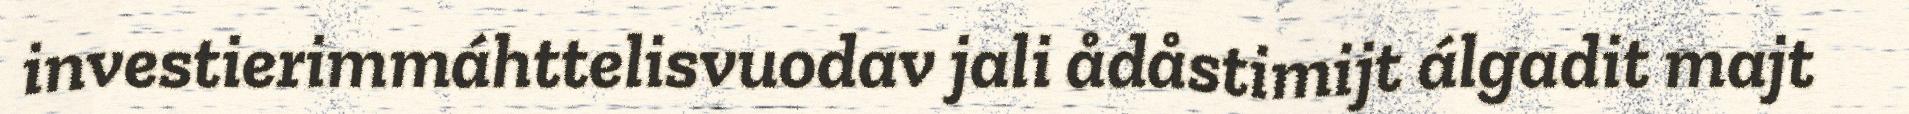
investierimmáhttelisvuodav jali ådåstimijt álgadit majt